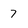
Character: 7